Medical and sanitary report of the native army of Madras for the year
Year: 1875
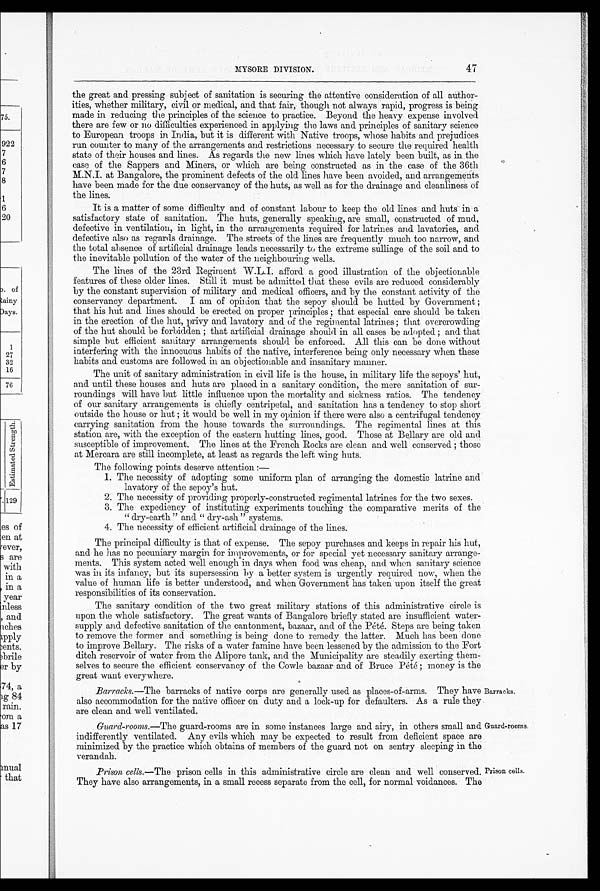
MYSORE DIVISION.
47
the great and pressing subject of sanitation is securing the attentive consideration of all author
-ities, whether military, civil or medical, and that fair, though not always rapid, progress is being
made in reducing the principles of the science to practice. Beyond the heavy expense involved
there are few or no difficulties experienced in applying the laws and principles of sanitary science
to European troops in India, but it is different with Native troops, whose habits and prejudices
run counter to many of the arrangements and restrictions necessary to secure the required health
state of their houses and lines. As regards the new lines which have lately been built, as in the
case of the Sappers and Miners, or which are being constructed as in the case of the 36th
M.N.I. at Bangalore, the prominent defects of the old lines have been avoided, and arrangements
have been made for the due conservancy of the huts, as well as for the drainage and cleanliness of
the lines.
It is a matter of some difficulty and of constant labour to keep the old lines and huts in a
satisfactory state of sanitation. The huts, generally speaking, are small, constructed of mud,
defective in ventilation, in light, in the arrangements required for latrines and lavatories, and
defective also as regards drainage. The streets of the lines are frequently much too narrow, and
the total absence of artificial drainage leads necessarily to the extreme sulliage of the soil and to
the inevitable pollution of the water of the neighbouring wells.
The lines of the 23rd Regiment W.L.I. afford a good illustration of the objectionable
features of these older lines. Still it must be admitted that these evils are reduced considerably
by the constant supervision of military and medical officers, and by the constant activity of the
conservancy department. I am of opinion that the sepoy should be hutted by Government;
that his hut and lines should be erected on proper principles; that especial care should be taken
in the erection of the hut, privy and lavatory and of the regimental latrines; that overcrowding
of the hut should be forbidden; that artificial drainage should in all cases be adopted; and that
simple but efficient sanitary arrangements should be enforced. All this can be done without
interfering with the innocuous habits of the native, interference being only necessary when these
habits and customs are followed in an objectionable and insanitary manner.
The unit of sanitary administration in civil life is the house, in military life the sepoys' hut,
and until these houses and huts are placed in a sanitary condition, the mere sanitation of sur
-roundings will have but little influence upon the mortality and sickness ratios. The tendency
of our sanitary arrangements is chiefly centripetal, and sanitation has a tendency to stop short
outside the house or hut; it would be well in my opinion if there were also a centrifugal tendency
carrying sanitation from the house towards the surroundings. The regimental lines at this
station are, with the exception of the eastern hutting lines, good. Those at Bellary are old and
susceptible of improvement. The lines at the French Rocks are clean and well conserved ; those
at Mercara are still incomplete, at least as regards the left wing huts.
The following points deserve attention:
—
1. The necessity of adopting some uniform plan of arranging the domestic latrine and
lavatory of the sepoy's hut.
2. The necessity of providing properly-constructed regimental latrines for the two sexes.
3. The expediency of instituting experiments touching the comparative merits of the
"dry-earth" and "dry-ash" systems.
4 . T h e n e c e s s i t y o f e f f i c i e n t a r t i f i c i a l d r a i n a g e o f t h e l i n e s .
The principal difficulty is that of expense. The sepoy purchases and keeps in repair his hut,
and he has no pecuniary margin for improvements, or for special yet necessary sanitary arrange
-ments. This system acted well enough in days when food was cheap, and when sanitary science
was in its infancy, but its supersession by a better system is urgently required now, when the
value of human life is better understood, and when Government has taken upon itself the great
responsibilities of its conservation.
The sanitary condition of the two great military stations of this administrative circle is
upon the whole satisfactory. The great wants of Bangalore briefly stated are insufficient water
-supply and defective sanitation of the cantonment, bazaar, and of the Pété. Steps are being taken
to remove the former and something is being done to remedy the latter. Much has been done
to improve Bellary. The risks of a water famine have been lessened by the admission to the Fort
ditch reservoir of water from the Alipore tank, and the Municipality are steadily exerting them-
selves to secure the efficient conservancy of the Cowle bazaar and of Bruce Pété; money is the
great want everywhere.
Barracks.— The barracks of native corps are generally used as places-of-arms. They have
also accommodation for the native officer on duty and a lock-up for defaulters. As a rule they
are clean and well ventilated.
Guard-rooms.— The guard-rooms are in some instances large and airy, in others small and
indifferently ventilated. Any evils which may be expected to result from deficient space are
minimized by the practice which obtains of members of the guard not on sentry sleeping in the
verandah.
Barracks.
Guard-rooms.
Prison cells.— The prison cells in this administrative circle are clean and well conserved.
They have also arrangements, in a small recess separate from the cell, for normal voidances. The
Prison cells.